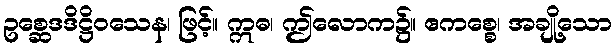
ဥစ္ဆေဒဒိဋ္ဌိဝသေန၊ ဖြင့်။ ဣဓ၊ ဤလောက၌။ ဧကစ္စေ၊ အချို့သော